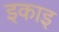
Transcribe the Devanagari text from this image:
इकाइ